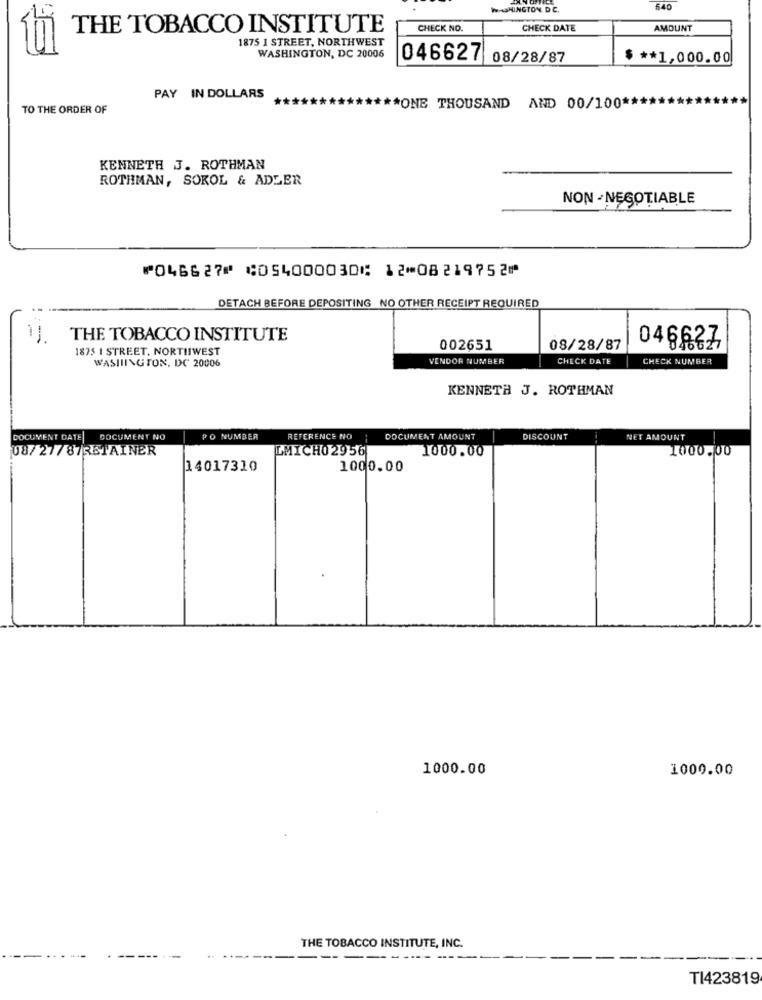
640
THE TOBACCO INSTITUTE
CHECK NO.
CHECK DATE
AMOUNT
1875 1 STREET, NORTHWEST
WASHINGTON, DC 20006
046627
08/28/87
$ ** 1,000.00
PAY IN DOLLARS
TO THE ORDER OF
** ONE THOUSAND AND 00/100 **
KENNETH J. ROTHMAN
ROTHMAN, SOKOL & ADLER
NON- NEGOTIABLE
⑈046627⑈ ⑆054000030⑆ 12⑉08219752⑈
DETACH BEFORE DEPOSITING NO OTHER RECEIPT REQUIRED
-
THE TOBACCO INSTITUTE
1875 I STREET, NORTHWEST
002651
08/28/87
046637
WASHINGTON, DC 20006
VENDOR NUMBER
CHECK DATE
CHECK NUMBER
KENNETH J. ROTHMAN
DOCUMENT DATE| DOCUMENT NO
PO NUMBER
REFERENCE NO
DOCUMENT AMOUNT
DISCOUNT
NET AMOUNT
08/27/87RETAINER
LMICH02956
1000.00
1000.00
14017310
1000.00
1000.00
1000.00
THE TOBACCO INSTITUTE, INC.
-
TI423819